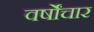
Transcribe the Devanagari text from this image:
वर्षोंचार